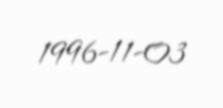
1996-11-03